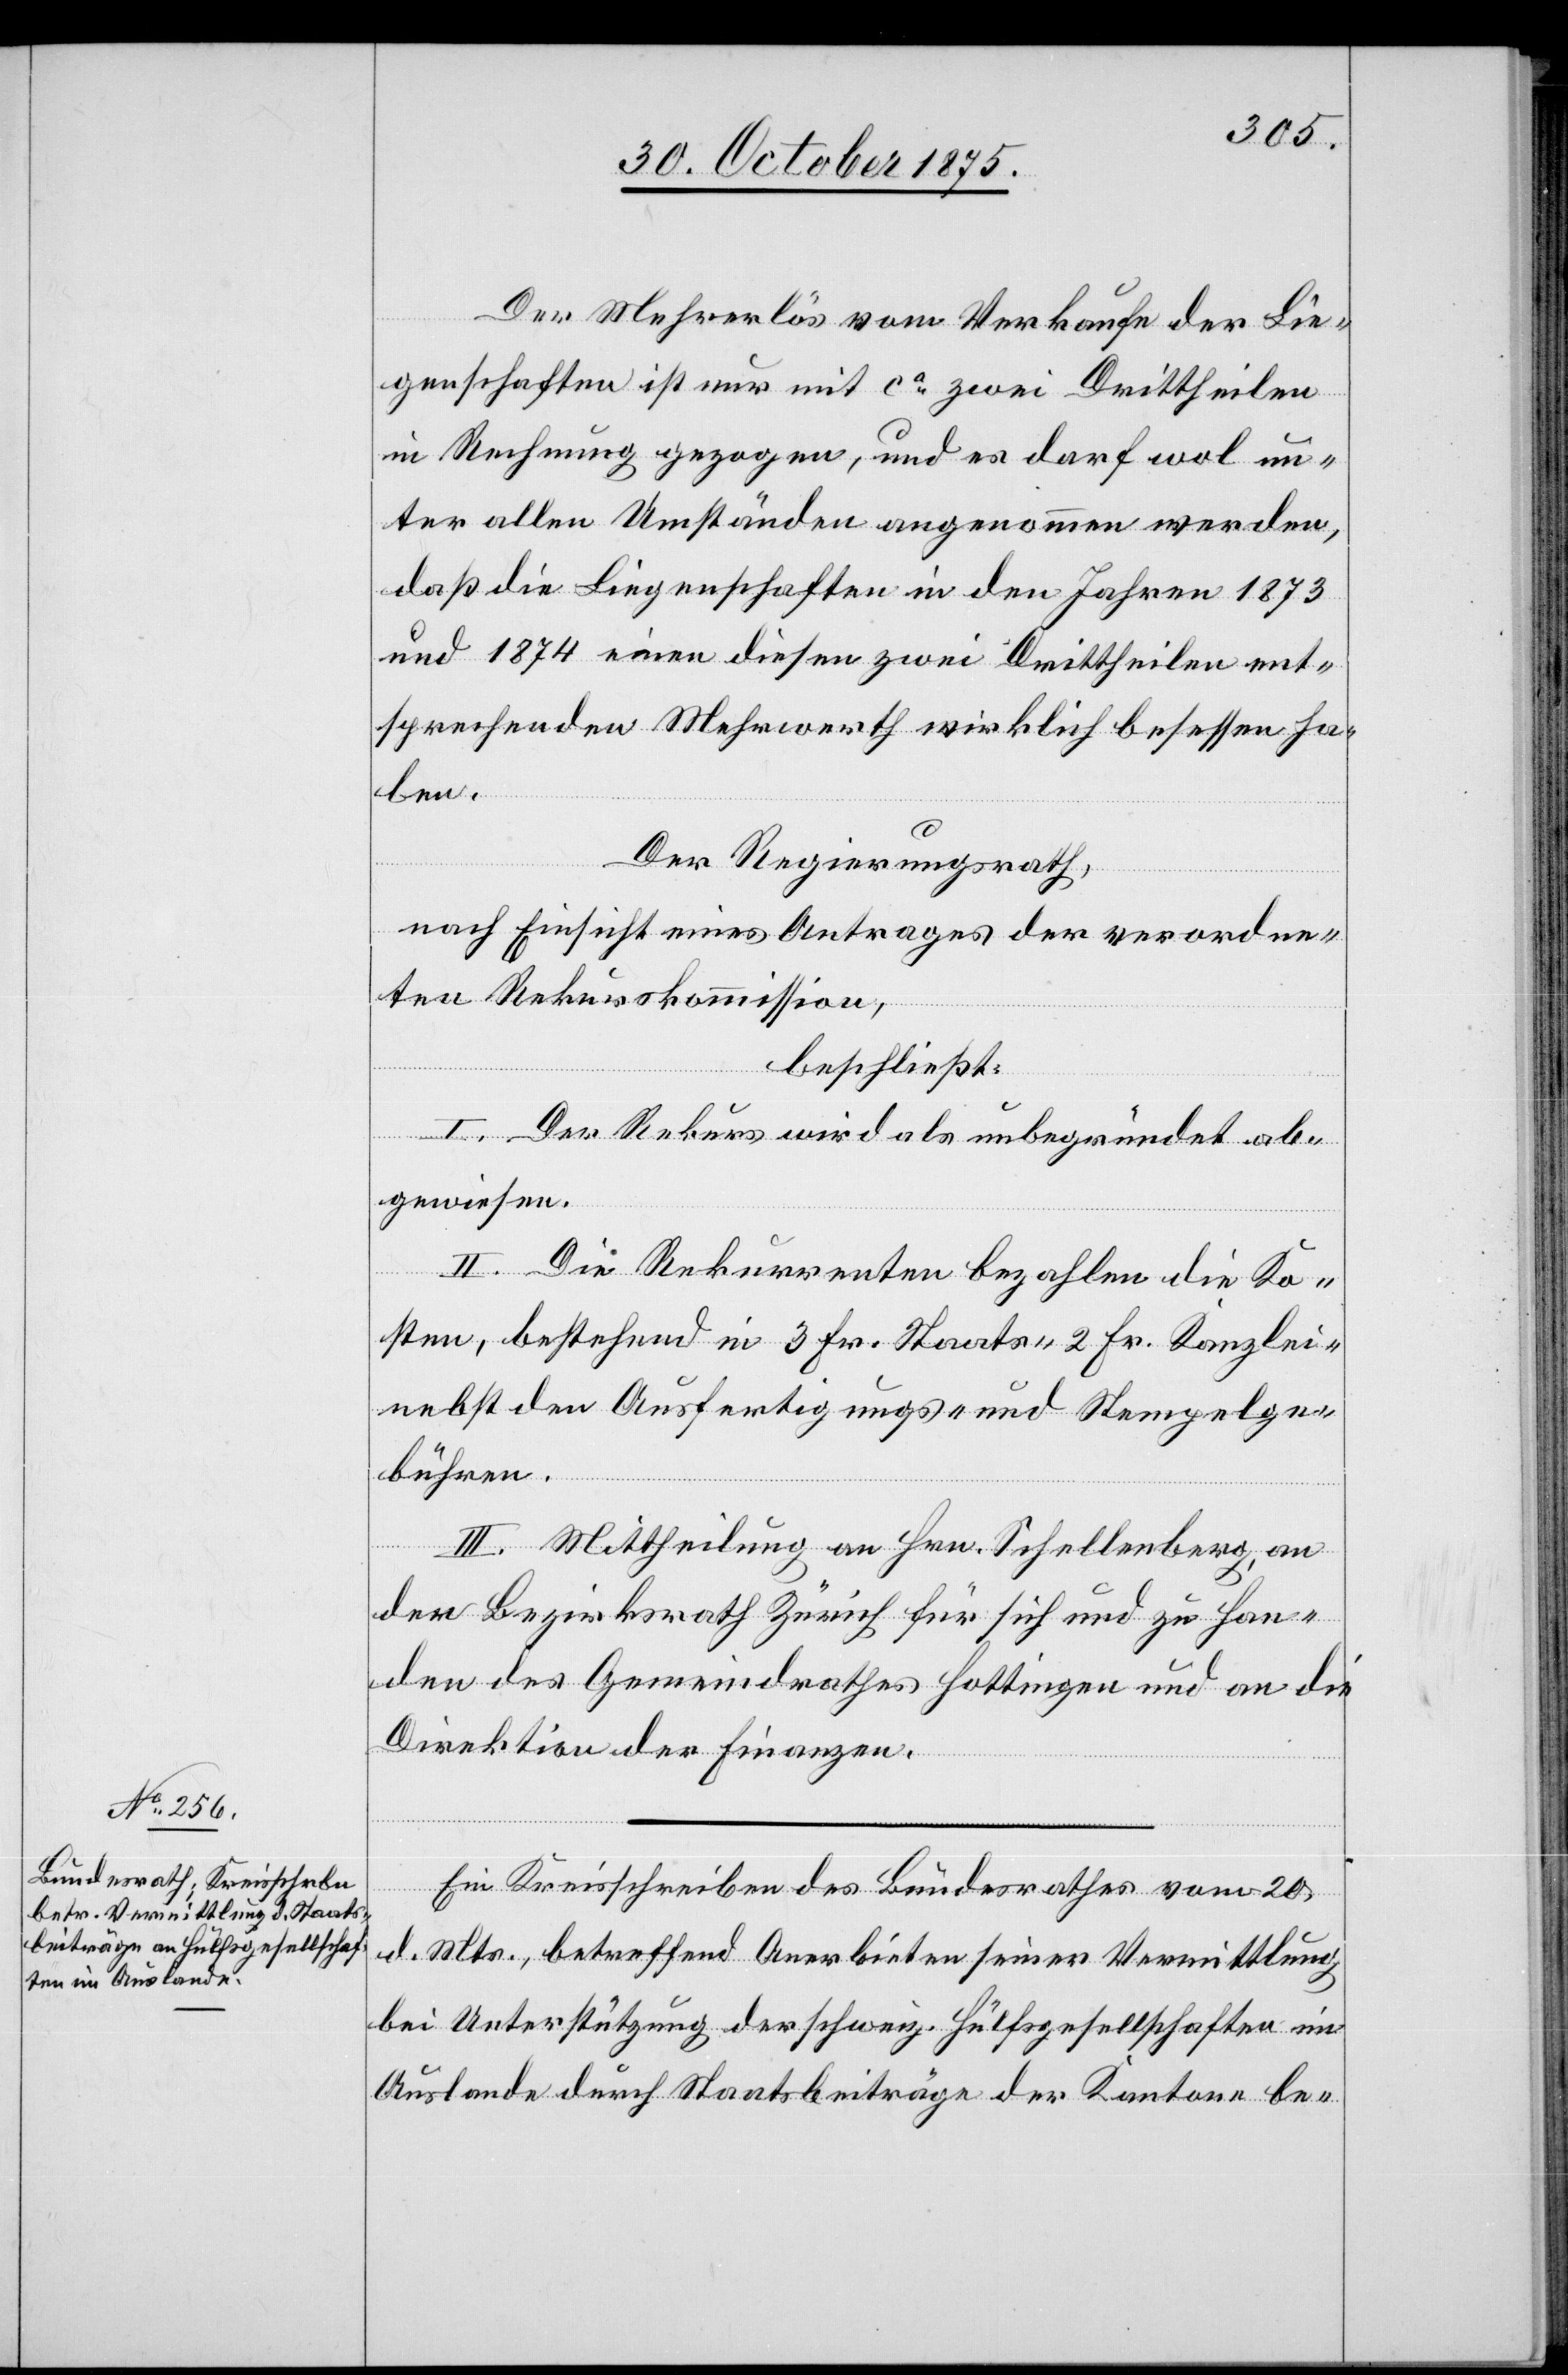
der
Der Mehrerlös vom Verkaufe der Lie¬
genschaften ist nur mit ca zwei Drittheilen
in Rechnung gezogen, und es darf wol un¬
ter allen Umständen angenommen werden,
daß die Liegenschaften in den Jahren 1873
und 1874 einen diesen zwei Drittheilen ent¬
sprechenden Mehrwerth wirklich besessen ha¬
ben.
Der Regierungsrath,
nach Einsicht eines Antrages der verordne¬
ten Rekurskommission,
beschließt:
I. Der Rekurs wird als unbegründet ab¬
gewiesen.
II. Die Rekurrenten bezahlen die Ko¬
sten, bestehend in 3 Fr. Staats-[,] 2 Fr. Kanzlei-
nebst den Ausfertigungs- und Stempelge¬
bühren.
III. Mittheilung an Hrn. Schellenberg, an
Bezirksrath Zürich für sich und zu Han¬
den des Gemeindrathes Hottingen und an die
Direktion der Finanzen.
Ein Kreisschreiben des Bundesrathes vom 20.
d. Mts., betreffend Anerbieten seiner Vermittlung
bei Unterstützung der schweiz. Hülfsgesellschaften im
Auslande durch Staatsbeiträge der Kantone be-